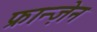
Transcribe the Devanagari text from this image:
फ्रान्ज़ेन